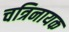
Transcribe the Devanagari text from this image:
चत्रिनायक